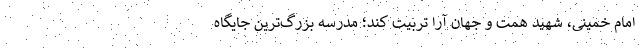
امام خمینی، شهید همت و جهان آرا تربیت کند؛ مدرسه بزرگ‌ترین جایگاه